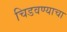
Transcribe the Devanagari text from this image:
चिडवण्याचा